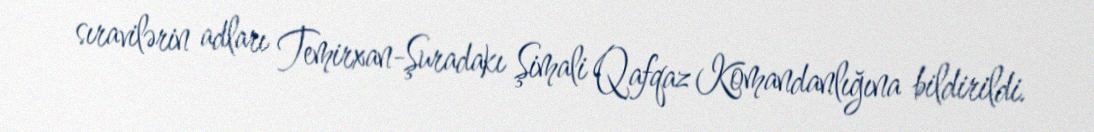
sıravilərin adları Temirxan-Şuradakı Şimali Qafqaz Komandanlığına bildirildi.